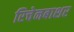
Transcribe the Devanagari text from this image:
रिचेनबाशर